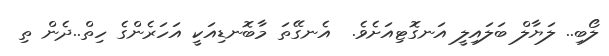
ލޯބި.. ލަޔާލް ބަލައިލީ އަނގޮޓިއަށެވެ.  އެނގޭތަ މާބޮނޑިއަކީ އަހަރެންގެ ހިތް..ދެން ތި